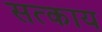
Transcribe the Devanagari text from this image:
सत्काय